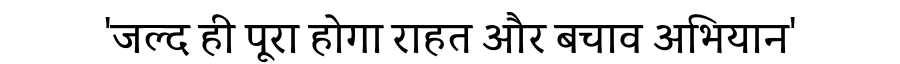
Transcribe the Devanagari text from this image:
'जल्द ही पूरा होगा राहत और बचाव अभियान'